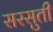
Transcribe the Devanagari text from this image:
सरसुती